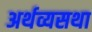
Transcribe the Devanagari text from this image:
अर्थव्यसथा